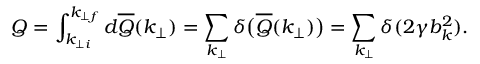
Q = \int _ { k _ { \perp i } } ^ { k _ { \perp f } } d \overline { { Q } } ( k _ { \perp } ) = \sum _ { k _ { \perp } } \delta \big ( \overline { { Q } } ( k _ { \perp } ) \big ) = \sum _ { k _ { \perp } } \delta ( 2 \gamma b _ { k } ^ { 2 } ) .